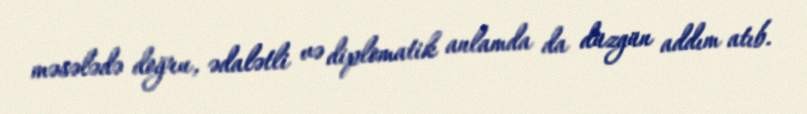
məsələdə doğru, ədalətli və diplomatik anlamda da düzgün addım atıb.